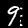
Label: 9